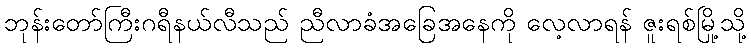
ဘုန်းတော်ကြီးဂရီနယ်လီသည် ညီလာခံအခြေအနေကို လေ့လာရန် ဇူးရစ်မြို့သို့